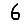
Digit: 6